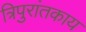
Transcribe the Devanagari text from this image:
त्रिपुरांतकाय